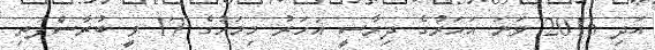
އަދި 2016 ވަނަ އަހަރުގެ ދިރާސީ އަހަރު މިމަހުގެ 17 ވީ ބުރާސްފަތި